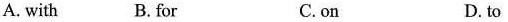
A. with B. for C.on D. to